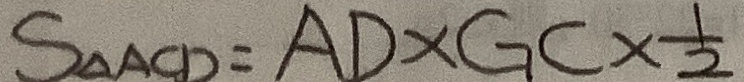
S _ { \Delta A C D } = A D \times G C \times \frac { 1 } { 2 }